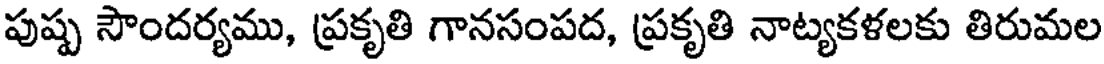
పుష్ప సౌందర్యము, ప్రకృతి గానసంపద, ప్రకృతి నాట్యకళలకు తిరుమల